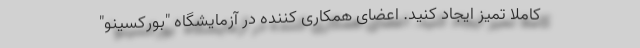
کاملا تمیز ایجاد کنید. اعضای همکاری کننده در آزمایشگاه "بورکسینو"